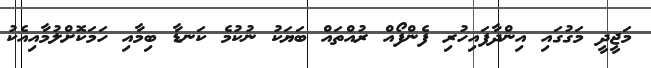
މަޖީދީ މަގުގައި އިންދާފައިހުރި ފެންފޯއް ރުއްތައް ބަޔަކު ނުކުމެ ކަނޑާ ބިމާއި ހަމަކޮށްލުމާއިއެކު